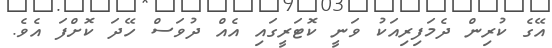
އޭގެ ކުރިން ދެމަފިރިއަކު ވަނީ ކޮޓަރީގައި އެއް ދުވަސް ހޭދަ ކޮށްފަ އެވެ.